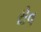
રોવ